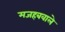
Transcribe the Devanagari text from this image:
मजहबवाले